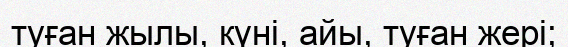
туған жылы, күні, айы, туған жері;